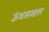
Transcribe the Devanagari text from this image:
ऊंचसखल